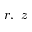
r , \ z